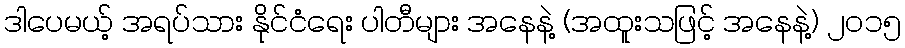
ဒါပေမယ့် အရပ်သား နိုင်ငံရေး ပါတီများ အနေနဲ့ (အထူးသဖြင့် အနေနဲ့) ၂၀၁၅